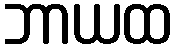
ဘာယထ